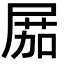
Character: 𡲢